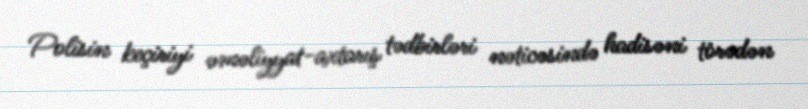
Polisin keçiriyi əməliyyat-axtarış tədbirləri nəticəsində hadisəni törədən